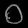
Digit: ၀